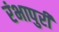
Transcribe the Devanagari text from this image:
रंभापुरी